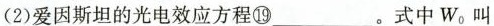
(2)爱因斯坦的光电效应方程⑲___。式中W_{0}叫